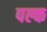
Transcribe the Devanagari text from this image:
पल्क